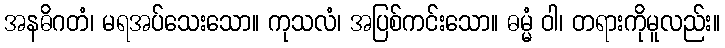
အနဓိဂတံ၊ မရအပ်သေးသော။ ကုသလံ၊ အပြစ်ကင်းသော။ ဓမ္မံ ဝါ၊ တရားကိုမူလည်း။